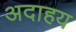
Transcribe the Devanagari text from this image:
अदाहय